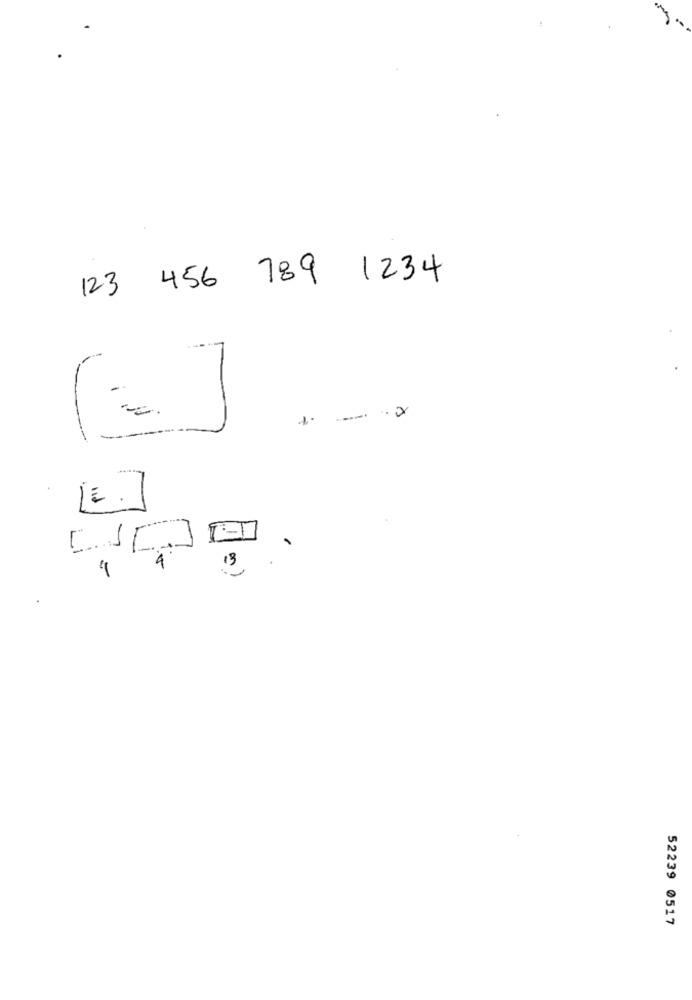
123 456 789 1234
.1
13
52239 0517